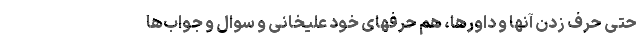
حتی حرف زدن آنها و داورها، هم حرفهای خود علیخانی و سوال و جواب‌ها